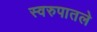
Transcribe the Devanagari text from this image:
स्वरुपातले